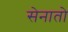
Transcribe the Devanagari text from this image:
सेनातो